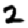
Digit: 2